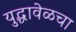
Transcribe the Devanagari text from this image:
युद्धावेळचा